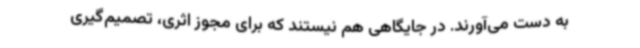
به دست می‌آورند. در جایگاهی هم نیستند که برای مجوز اثری، تصمیم‌گیری